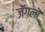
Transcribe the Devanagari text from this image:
जॅगलॊ